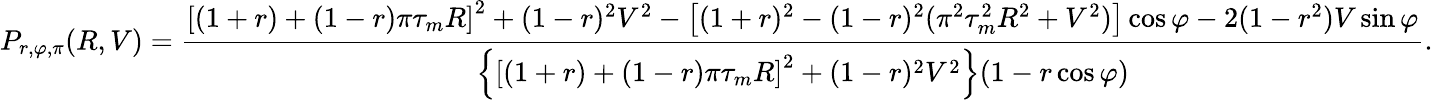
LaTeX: P_{r,\varphi,\pi}(R,V)=\frac{\left[(1+r)+(1-r)\pi\tau_{m}R\right]^{2}+(1-r)^{2}V^{2}-\left[(1+r)^{2}-(1-r)^{2}(\pi^{2}\tau_{m}^{2}R^{2}+V^{2})\right]\cos\varphi-2(1-r^{2})V\sin\varphi}{\left\{ \left[(1+r)+(1-r)\pi\tau_{m}R\right]^{2}+(1-r)^{2}V^{2}\right\} (1-r\cos\varphi)}.